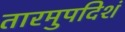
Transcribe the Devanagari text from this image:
तारमुपदिशं